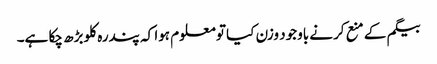
بیگم کے منع کرنے باوجود وزن کیا تو معلوم ہوا کہ پندرہ کلو بڑھ چکا ہے۔